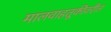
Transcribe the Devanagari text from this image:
मालवाहतूकीवरील